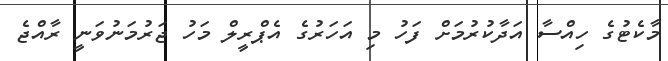
މާކެޓުގެ ހިއްސާ އަދާކުރުމަށް ފަހު މި އަހަރުގެ އެޕްރީލް މަހު ޖަރުމަނުވަނީ ރާއްޖެ